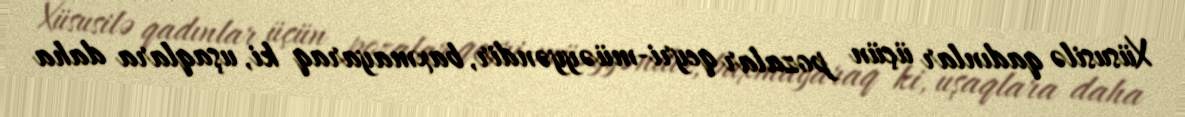
Xüsusilə qadınlar üçün pozalar qeyri-müəyyəndir, baxmayaraq ki, uşaqlara daha